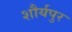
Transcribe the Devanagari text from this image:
शौर्यपुर